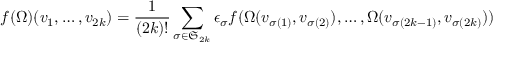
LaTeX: f ( \Omega ) ( v _ { 1 } , \dots , v _ { 2 k } ) = { \frac { 1 } { ( 2 k ) ! } } \sum _ { \sigma \in { \mathfrak { S } } _ { 2 k } } \epsilon _ { \sigma } f ( \Omega ( v _ { \sigma ( 1 ) } , v _ { \sigma ( 2 ) } ) , \dots , \Omega ( v _ { \sigma ( 2 k - 1 ) } , v _ { \sigma ( 2 k ) } ) )